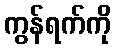
ကွန်ရက်ကို